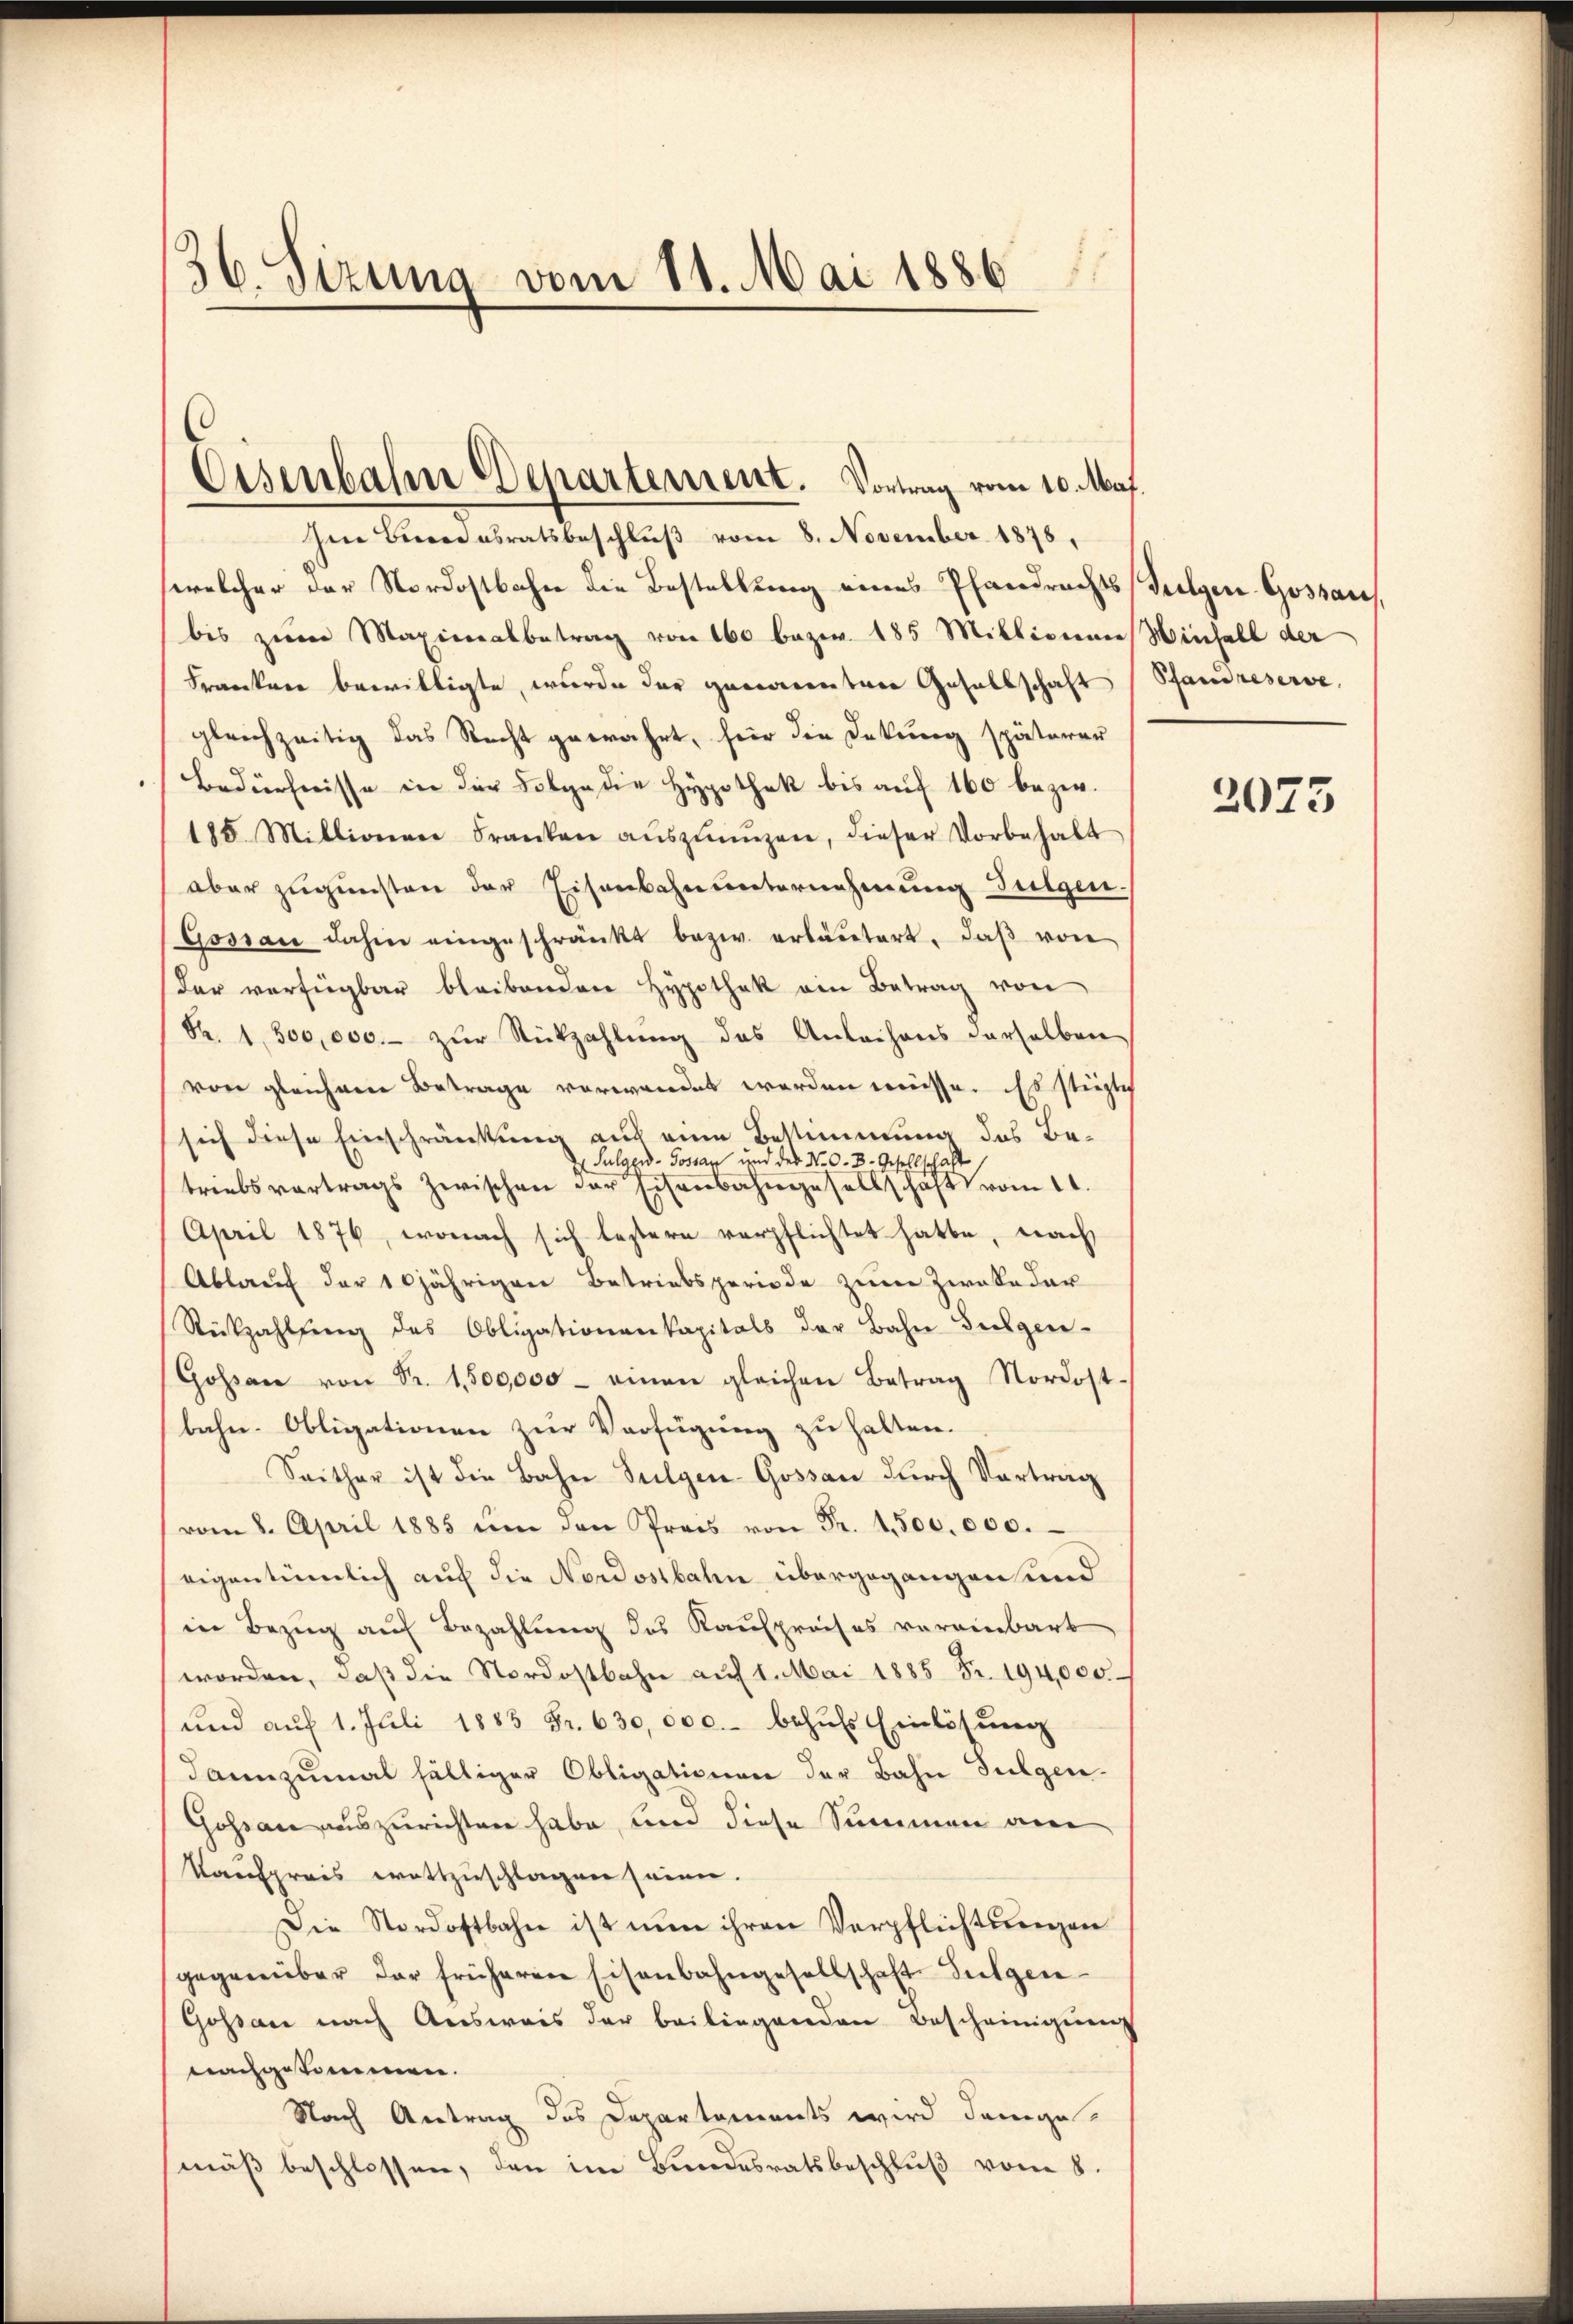
36. Sizung vom 11. Mai 1886

hen Beredasratsbeschluß vom 8. November 1878,
welcher der Nordostbahn die Bestellung eines Pfandrechts Folgen Gossaus
bis zum Maximalbetrag von 160 bezw. 185 Millionner Hinfall der
Frankere bewilligte, wurde der gewesentare Gesellschaft
gleichzeitig das Recht gewahrt, für die Dekung späteren
Bedürfnisse in der Folge die Hypothek bis auf 160 bezw.
185. Millionen Franken aŭszŭnŭzen, dieser Vorbehalt
aber zugunsten der Eisenbahnunternehmung Sulgen.
Gossau dahin eingeschränkt bezw. erläutert, daβ von
der verfügbar bleibenden Hypothek ein Betrag von
S. 1500,000.- zŭr Rückzahlŭng des Anlachens derselben
von gleichem Betrage verwandet worden müsse. Es stüglich
sich diese Einschränkung auch eine Bestimmung des Be¬
Sulgend-Gossar und des N. O. B. Gesellschaft
triebsvertrags zwischen der Eisenbahngesellschaft vom 11.
April 1876, wonach sich lestern verpflichtet hatte, nach
Ablauf der 10jährigen Betriebsperiode zum Zweke dar
Rückzahlŭng des Obligationenkapitals der Bahn Seelgere¬
Gossen von Sr. 1,500,000 - einen gleichen Betrag Nordost-
bahn-Obligationen zur Verfügung zu halten.
Seither ist die Bahn Sulgen-Gossau durch Vortrag
vom 8. April 1885 ŭm den Preis von Fr. 1,500.000.
eigentümlich auf die Nordostbahn übergegangen und
in Bezug auf Bezahlung des Kaufpreises vereinbart,
worden, daß die Nordostbahn auf 1. Mai 1885 Fr. 194,000.
und auf 1. Juli 1883 Fr. 630,000.- behufs Einlösung
dannzumal fälliger Obligationen der Bahn Fulgen.
Gossau auszurichten habe, wird diese Summen von
Kaufpreis eratszuschlagen seinen.
Die Nordostbahn ist nun ihren Verpflichtungen
gegenüber der früheren Eisenbahngesellschaft Sulgen¬
Gossau nach Ausweis der beiliegenden Bescheinigung
nachgekommen.
Nach Antrag des Departements wird dange
mäß beschlossen, den im Bundesratsbeschluß vom 8.

Eisenbahre Departement. Vortrag vom 10. Mai.

Pfandreserve

2073